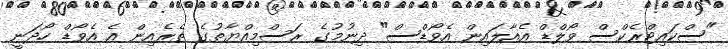
"ސްކައިޓްރެކްސް ވޯލްޑް އެއާލައިން އެވޯޑްސް" ދިނުމުގެ ރަސްމިއްޔާތުގެ ތެރެއިން އެ އެވޯޑް ހޯދަނީ